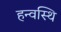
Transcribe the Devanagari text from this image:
हन्वस्थि